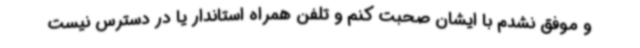
و موفق نشدم با ایشان صحبت کنم و تلفن همراه استاندار یا در دسترس نیست